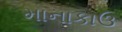
માનાકાઉ